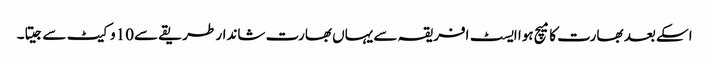
اسکے بعد بھارت کا میچ ہوا ایسٹ افریقہ سے یہاں بھارت شاندار طریقے سے10وکیٹ سے جیتا۔